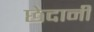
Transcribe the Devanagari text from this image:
छेदानी